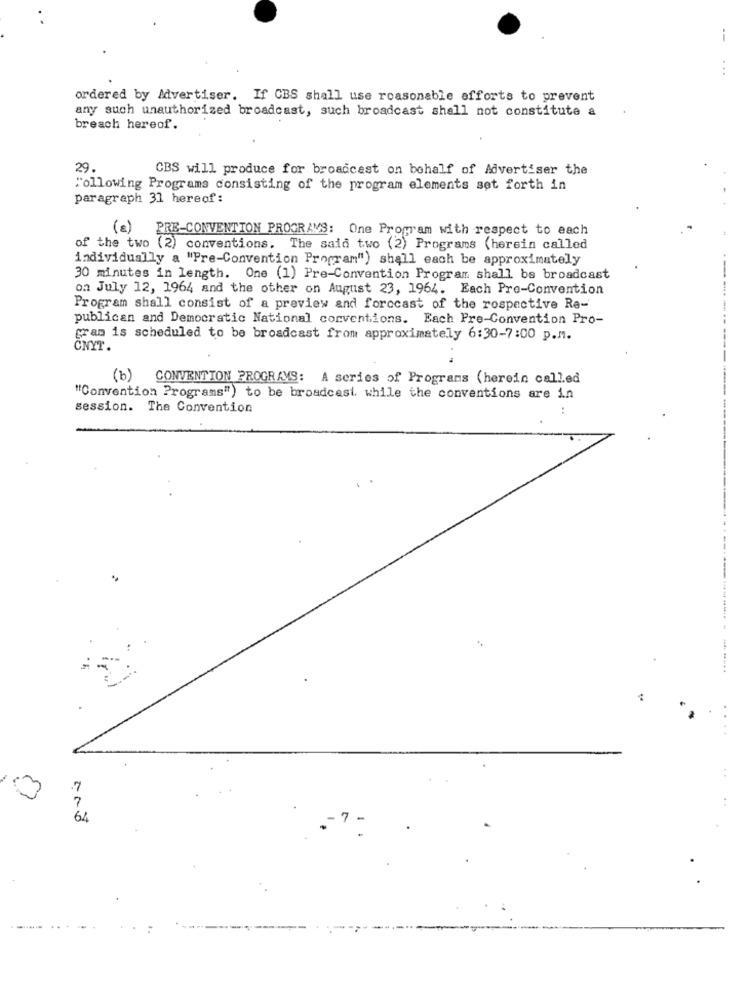
ordered by Advertiser. If CBS shall use reasonable efforts to prevent
any such unauthorized broadcast, such broadcast shall not constitute a
breach hereof.
29
CBS will produce for broadcast on behalf of Advertiser the
Following Programs consisting of the program elements set forth in
paragraph 31 hereof:
(a)
PRE-CONVENTION PROGRAMS: One Program with respect to each
of the two (2) conventions. The said two (2) Programs (herein called
individually a "Pre-Convention Program") shall each be approximately
-
30 minutes in length. One (1) Pre-Convention Program shall bs broadcast
on July 12, 1964 and the other on August 23, 1964. Each Pre-Convention
Program shall consist of a preview and forccast of the rospective Re-
publican and Democratic National conventions. Each Pre-Convention Pro-
gram is scheduled to be broadcast from approximately 6:30-7:00 p.M.
CNYT.
(b) CONVENTION PROGRAMS: A series of Programs (herein called
"Convention Programs") to be broadcast, while the conventions are in
session. The Convention
---------- ------
....
7
...
64